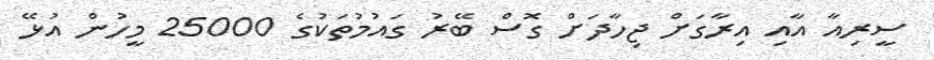
ސީރިއާ އާއި އިރާގަށް ޖިހާދަށް ގޮސް ބޭރު ގައުމުތަކުގެ 25000 މީހުން އުޅޭ